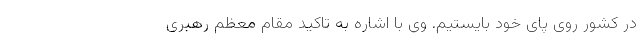
در کشور روی پای خود بایستیم. وی با اشاره به تاکید مقام معظم رهبری